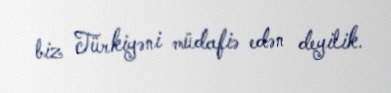
biz Türkiyəni müdafiə edən deyilik.